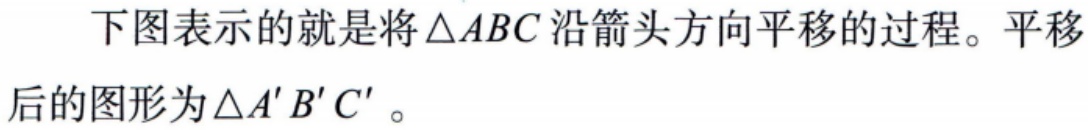
下图表示的就是将\(\triangle ABC\)沿箭头方向平移的过程。平移后的图形为\(\triangle A'B'C'\)。